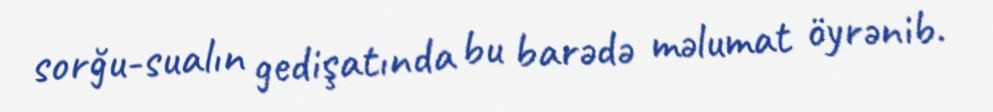
sorğu-sualın gedişatında bu barədə məlumat öyrənib.